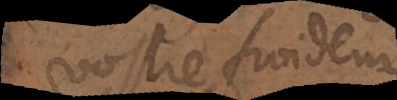
vostre froideu